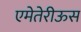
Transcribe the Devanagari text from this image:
एमेतेरीऊस